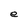
Character: e